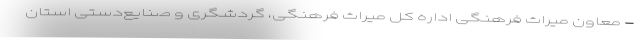
- معاون میراث فرهنگی اداره کل میراث فرهنگی، گردشگری و صنایع‌دستی استان